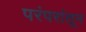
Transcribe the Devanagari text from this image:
परंपरांतून